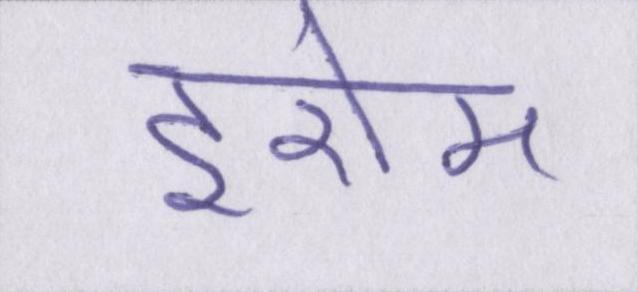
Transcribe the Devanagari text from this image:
इरोम